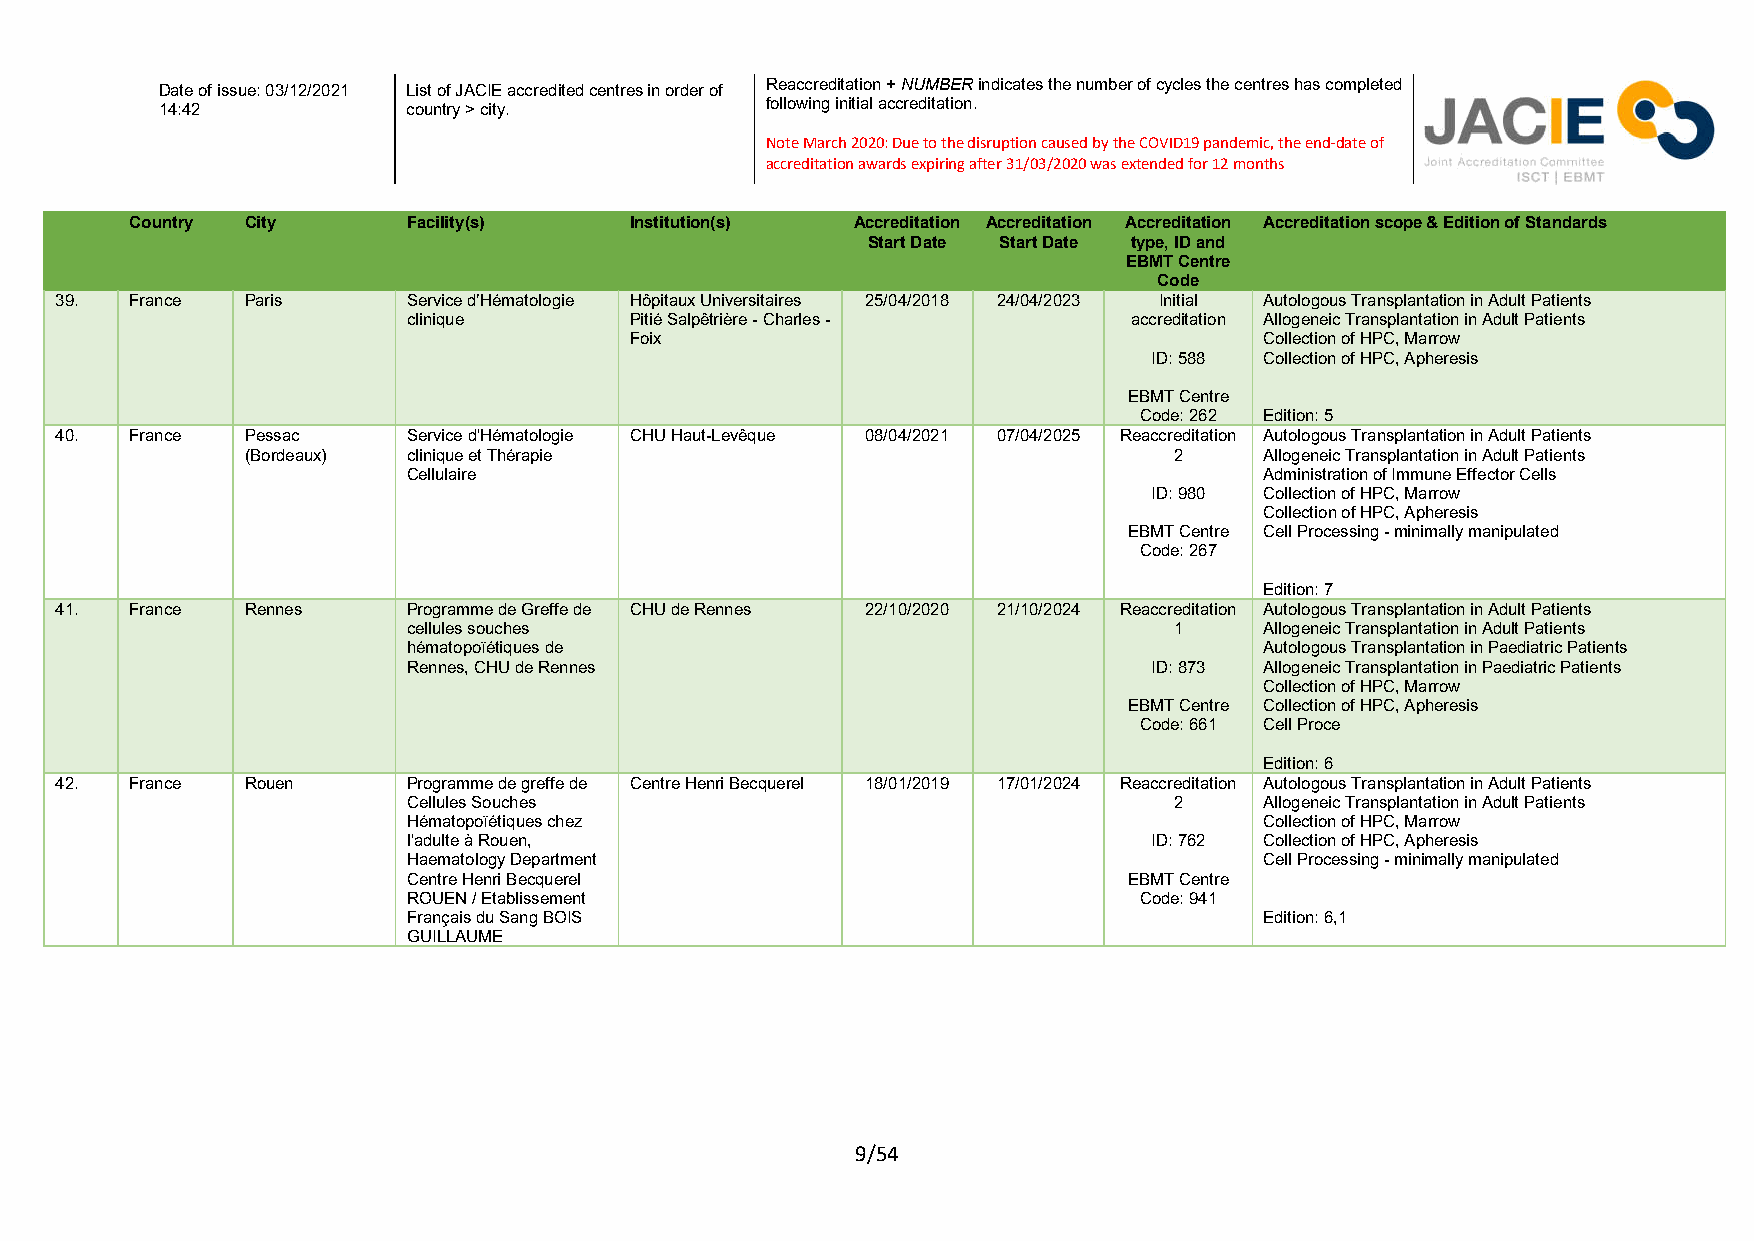
Reaccreditation + NUMBER indicates the number of cycles the centres has completed
 Date of issue: 03/12/2021 List of JACIE accredited centres in order of
 following initial accreditation.
 14:42           country > city.
 Note March 2020: Due to the disruption caused by the COVID19 pandemic, the end-date of
 accreditation awards expiring after 31/03/2020 was extended for 12 months
 Country City      Facility(s)    Institution(s) Accreditation Accreditation Accreditation Accreditation scope & Edition of Standards
 Start Date Start Date type, ID and
 EBMT Centre
 Code
 39.  France Paris      Service d’Hématologie Hôpitaux Universitaires 25/04/2018 24/04/2023 Initial Autologous Transplantation in Adult Patients
 clinique       Pitié Salpêtrière - Charles -    accreditation Allogeneic Transplantation in Adult Patients
 Foix                                      Collection of HPC, Marrow
 ID: 588 Collection of HPC, Apheresis
 EBMT Centre
 Code: 262 Edition: 5
 40.  France Pessac     Service d'Hématologie CHU Haut-Levêque 08/04/2021 07/04/2025 Reaccreditation Autologous Transplantation in Adult Patients
 (Bordeaux) clinique et Thérapie                               2     Allogeneic Transplantation in Adult Patients
 Cellulaire                                               Administration of Immune Effector Cells
 ID: 980 Collection of HPC, Marrow
 Collection of HPC, Apheresis
 EBMT Centre Cell Processing - minimally manipulated
 Code: 267
 Edition: 7
 41.  France Rennes     Programme de Greffe de CHU de Rennes 22/10/2020 21/10/2024 Reaccreditation Autologous Transplantation in Adult Patients
 cellules souches                                   1     Allogeneic Transplantation in Adult Patients
 hématopoïétiques de                                      Autologous Transplantation in Paediatric Patients
 Rennes, CHU de Rennes                            ID: 873 Allogeneic Transplantation in Paediatric Patients
 Collection of HPC, Marrow
 EBMT Centre Collection of HPC, Apheresis
 Code: 661 Cell Proce
 Edition: 6
 42.  France Rouen      Programme de greffe de Centre Henri Becquerel 18/01/2019 17/01/2024 Reaccreditation Autologous Transplantation in Adult Patients
 Cellules Souches                                   2     Allogeneic Transplantation in Adult Patients
 Hématopoïétiques chez                                    Collection of HPC, Marrow
 l'adulte à Rouen,                                ID: 762 Collection of HPC, Apheresis
 Haematology Department                                   Cell Processing - minimally manipulated
 Centre Henri Becquerel                          EBMT Centre
 ROUEN / Etablissement                           Code: 941
 Français du Sang BOIS                                    Edition: 6,1
 GUILLAUME
 9/54